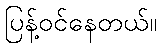
ပြန့်ဝင်နေတယ်။